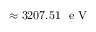
\approx 3 2 0 7 . 5 1 ~ \mathrm { ~ e ~ V ~ }